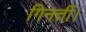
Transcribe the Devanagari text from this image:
गिनतीं।